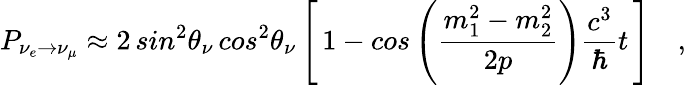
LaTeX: P_{\nu_{e}\rightarrow\nu_{\mu}}\approx 2\, sin^{2}\theta_{\nu}\, cos^{2}\theta_{\nu}\left[\, 1-cos\left(\frac{m_{1}^{2}-m_{2}^{2}}{2p}\right)\frac{c^{3}}{\hbar}t\, \right]\quad,